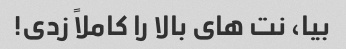
بیا، نت های بالا را کاملاً زدی!